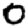
Digit: 0